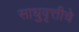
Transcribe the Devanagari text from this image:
साधुवृत्तीचे